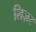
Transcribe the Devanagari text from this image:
लिज़र